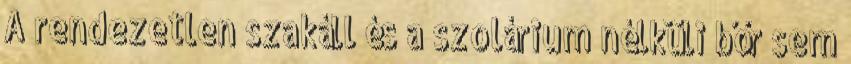
A rendezetlen szakáll és a szolárium nélküli bőr sem